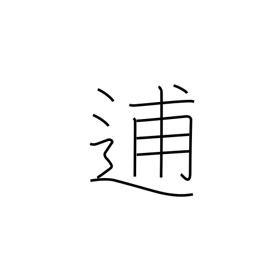
Meaning: flee